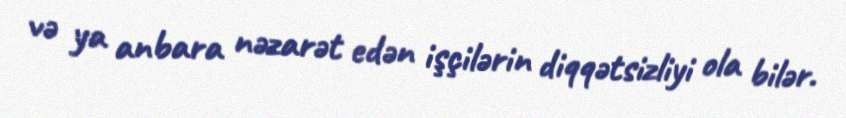
və ya anbara nəzarət edən işçilərin diqqətsizliyi ola bilər.